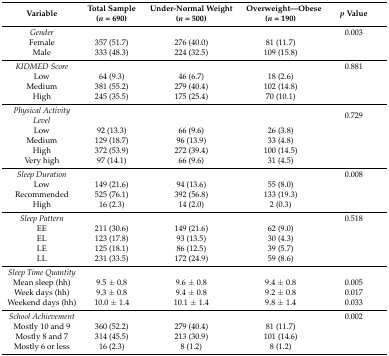
<table><thead><tr><td><b>Variable</b></td><td><b>Total Sample (<i>n</i> = 690)</b></td><td><b>Under-Normal Weight (<i>n</i> = 500)</b></td><td><b>Overweight—Obese (<i>n</i> = 190)</b></td><td><b><i>p</i> Value</b></td></tr></thead><tbody><tr><td><i>Gender</i></td><td></td><td></td><td></td><td>0.003</td></tr><tr><td>Female</td><td>357 (51.7)</td><td>276 (40.0)</td><td>81 (11.7)</td><td></td></tr><tr><td>Male</td><td>333 (48.3)</td><td>224 (32.5)</td><td>109 (15.8)</td><td></td></tr><tr><td><i>KIDMED Score</i></td><td></td><td></td><td></td><td>0.881</td></tr><tr><td>Low</td><td>64 (9.3)</td><td>46 (6.7)</td><td>18 (2.6)</td><td></td></tr><tr><td>Medium</td><td>381 (55.2)</td><td>279 (40.4)</td><td>102 (14.8)</td><td></td></tr><tr><td>High</td><td>245 (35.5)</td><td>175 (25.4)</td><td>70 (10.1)</td><td></td></tr><tr><td><i>Physical Activity Level</i></td><td></td><td></td><td></td><td>0.729</td></tr><tr><td>Low</td><td>92 (13.3)</td><td>66 (9.6)</td><td>26 (3.8)</td><td></td></tr><tr><td>Medium</td><td>129 (18.7)</td><td>96 (13.9)</td><td>33 (4.8)</td><td></td></tr><tr><td>High</td><td>372 (53.9)</td><td>272 (39.4)</td><td>100 (14.5)</td><td></td></tr><tr><td>Very high</td><td>97 (14.1)</td><td>66 (9.6)</td><td>31 (4.5)</td><td></td></tr><tr><td><i>Sleep Duration</i></td><td></td><td></td><td></td><td>0.008</td></tr><tr><td>Low</td><td>149 (21.6)</td><td>94 (13.6)</td><td>55 (8.0)</td><td></td></tr><tr><td>Recommended</td><td>525 (76.1)</td><td>392 (56.8)</td><td>133 (19.3)</td><td></td></tr><tr><td>High</td><td>16 (2.3)</td><td>14 (2.0)</td><td>2 (0.3)</td><td></td></tr><tr><td><i>Sleep Pattern</i></td><td></td><td></td><td></td><td>0.518</td></tr><tr><td>EE</td><td>211 (30.6)</td><td>149 (21.6)</td><td>62 (9.0)</td><td></td></tr><tr><td>EL</td><td>123 (17.8)</td><td>93 (13.5)</td><td>30 (4.3)</td><td></td></tr><tr><td>LE</td><td>125 (18.1)</td><td>86 (12.5)</td><td>39 (5.7)</td><td></td></tr><tr><td>LL</td><td>231 (33.5)</td><td>172 (24.9)</td><td>59 (8.6)</td><td></td></tr><tr><td><i>Sleep Time Quantity</i></td><td></td><td></td><td></td><td></td></tr><tr><td>Mean sleep (hh)</td><td>9.5 ± 0.8</td><td>9.6 ± 0.8</td><td>9.4 ± 0.8</td><td>0.005</td></tr><tr><td>Week days (hh)</td><td>9.3 ± 0.8</td><td>9.4 ± 0.8</td><td>9.2 ± 0.8</td><td>0.017</td></tr><tr><td>Weekend days (hh)</td><td>10.0 ± 1.4</td><td>10.1 ± 1.4</td><td>9.8 ± 1.4</td><td>0.033</td></tr><tr><td><i>School Achievement</i></td><td></td><td></td><td></td><td>0.002</td></tr><tr><td>Mostly 10 and 9</td><td>360 (52.2)</td><td>279 (40.4)</td><td>81 (11.7)</td><td></td></tr><tr><td>Mostly 8 and 7</td><td>314 (45.5)</td><td>213 (30.9)</td><td>101 (14.6)</td><td></td></tr><tr><td>Mostly 6 or less</td><td>16 (2.3)</td><td>8 (1.2)</td><td>8 (1.2)</td><td></td></tr></tbody></table>